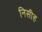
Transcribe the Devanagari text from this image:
निसीह